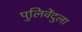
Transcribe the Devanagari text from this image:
पुलिवेंदुला